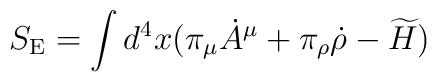
S_{\rm E}=\int d^4x (\pi_\mu\dot{A}^\mu+\pi_\rho\dot{\rho}-\widetilde{H})